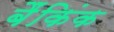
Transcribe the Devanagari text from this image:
बैंकिंक